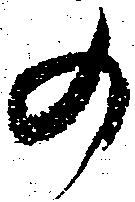
の